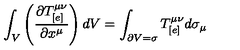
\int _ { V } \left( \frac { \partial T _ { [ e ] } ^ { \mu \nu } } { \partial x ^ { \mu } } \right) d V = \int _ { \partial V = \sigma } T _ { [ e ] } ^ { \mu \nu } d \sigma _ { \mu }